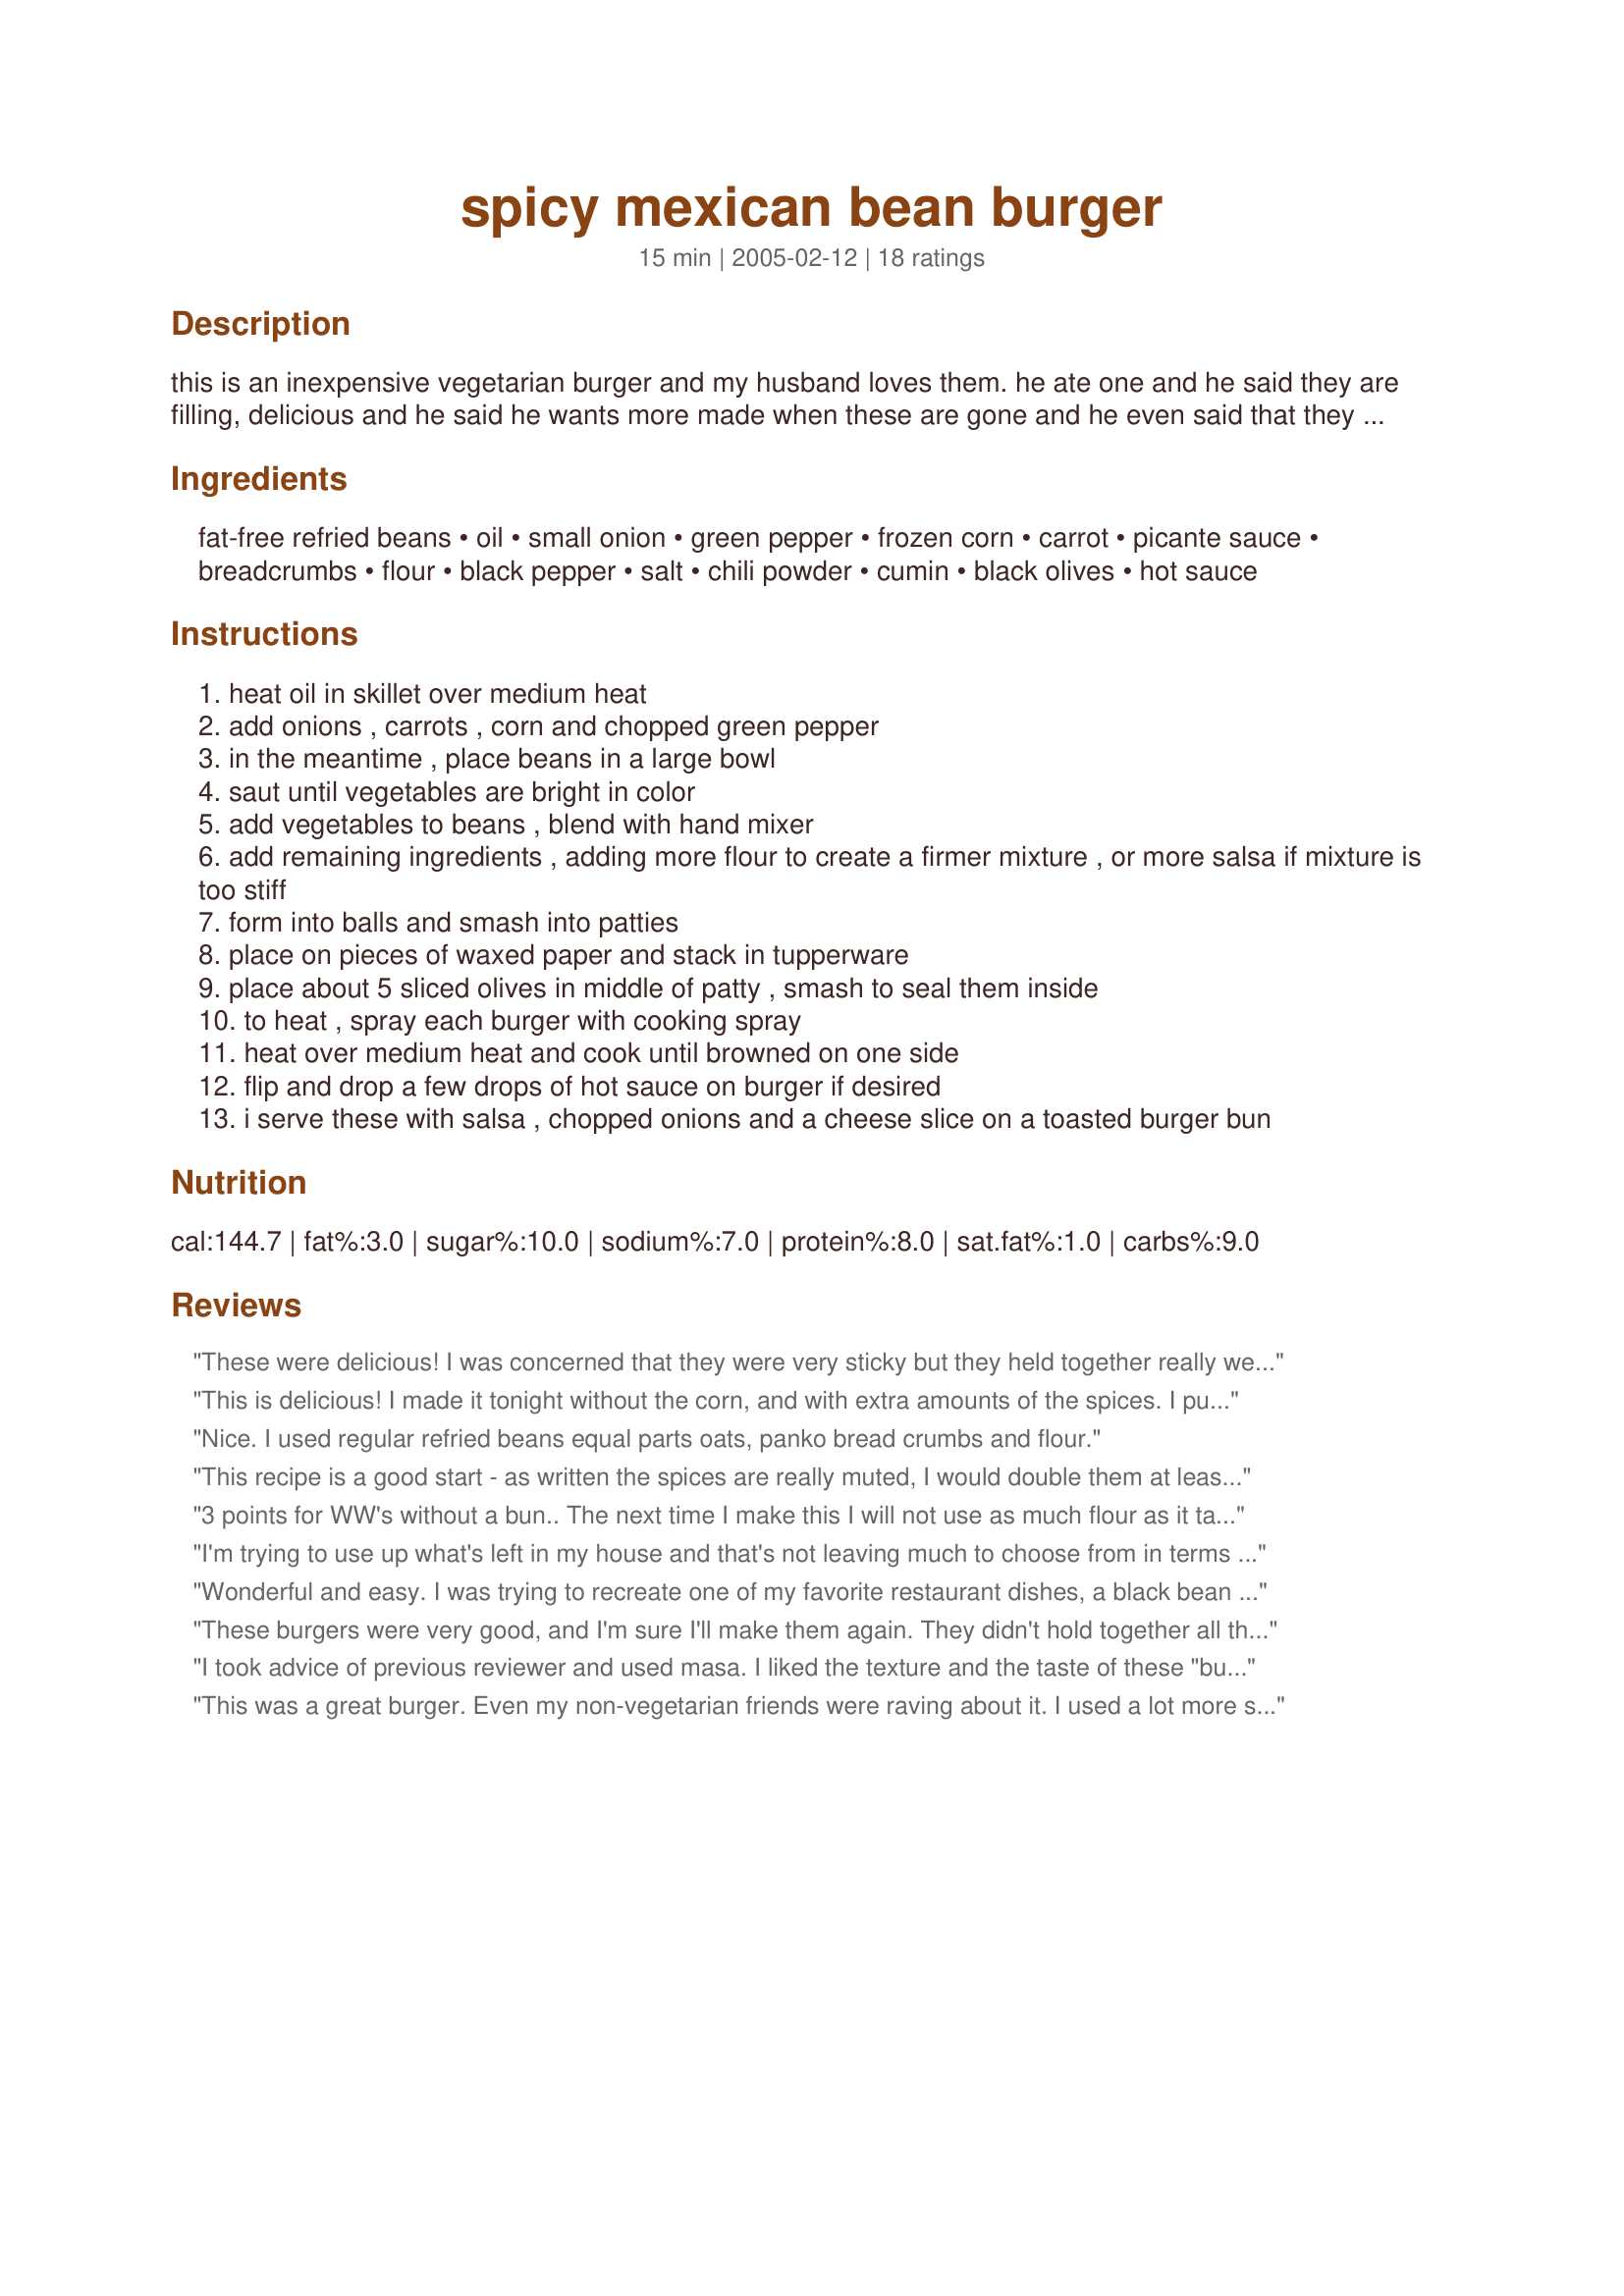
spicy mexican bean burger
Preparation time: 15 minutes

this is an inexpensive vegetarian burger and my husband loves them. he ate one and he said they are filling, delicious and he said he wants more made when these are gone and he even said that they are better than store bought. they don't fall apart like most veggie burgers and all the ingredients are available at any grocery store.

Ingredients:
fat-free refried beans, oil, small onion, green pepper, frozen corn, carrot, picante sauce, breadcrumbs, flour, black pepper, salt, chili powder, cumin, black olives, hot sauce

Steps:
heat oil in skillet over medium heat
add onions , carrots , corn and chopped green pepper
in the meantime , place beans in a large bowl
saut until vegetables are bright in color
add vegetables to beans , blend with hand mixer
add remaining ingredients , adding more flour to create a firmer mixture , or more salsa if mixture is too stiff
form into balls and smash into patties
place on pieces of waxed paper and stack in tupperware
place about 5 sliced olives in middle of patty , smash to seal them inside
to heat , spray each burger with cooking spray
heat over medium heat and cook until browned on one side
flip and drop a few drops of hot sauce on burger if desired
i serve these with salsa , chopped onions and a cheese slice on a toasted burger bun

Reviews:
These were delicious! I was concerned that they were very sticky but they held together really well when browning. Made only a few minor changes: I chopped the onion & pepper smaller and left them & the other veg. whole so the burgers had some small chunks. Also mixed in some chopped black olives instead of using slices and used about 1/4 tsp each chili powder and cumin. Served with sharp cheddar cheese slices and a southwestern pasta salad on the side. Thanks for the recipe!
This is delicious! I made it tonight without the corn, and with extra amounts of the spices. I put in on a plate without a bun, and topped it with salsa, avocado slices and monterey jack cheese- heavenly! And the recipe is so flexible, I'm looking forward to trying it with different toppings, and maybe on a bun or a corn tortilla. Will add this to my "regulars" list!
Nice. I used regular refried beans equal parts oats, panko bread crumbs and flour.
This recipe is a good start - as written the spices are really muted, I would double them at least. I found too that I could easily mix everything by hand. I omitted the corn and added one fresh jalapeno.
3 points for WW's without a bun.. The next time I make this I will not use as much flour as it taste realllllly pasty.. I UPed the anti and threw in some chipotle peppers, and topped with lettuce & tomato..
I'm trying to use up what's left in my house and that's not leaving much to choose from in terms of dinner. Luckily I had evrything for these. Well, mostly! I used almost a whole cup of bread crumbs, the rest was made up of wheat germ. And I left out the olives because I'm out but most of the family won't eat them anyway. I served these on Recipe#183081 (which is not vegan) with fat free sour cream and salsa. A good refried bean burger! Filling and tasty, it's one I'll probably make again.
Wonderful and easy. I was trying to recreate one of my favorite restaurant dishes, a black bean pita burger, and this is just as good. I only used 1/3 cup of flour and 1/3 cup breadcrumbs, used red and yellow peppers instead of green, and refried black beans. Served it on a pita with red onion, lettuce, chopped red/yellow peppers, corn and Greek yogurt.
These burgers were very good, and I'm sure I'll make them again. They didn't hold together all that well, so I added an egg to bind them (that did the job). Thanks for posting this....I really liked them!
I took advice of previous reviewer and used masa. I liked the texture and the taste of these "burgers." I added sliced black olives (without stuffing them into the patty) and instead just mixed them throughout. I did have to COOK them on medium quite a while because otherwise the insides would have been too gummy. I ate them with salsa and sourcream. Quite tasty.
This was a great burger. Even my non-vegetarian friends were raving about it. I used a lot more spice, because it was a little bland to begin with. I also doubled the recipe and had plenty for leftovers for the week. I used this base for burritos also. Thanks for the great recipe!
Yum! Whenever I can make a vegetarian dish that my husband would like me to make again, that's five stars! I omitted the corn because he doesn't like it and I used quick oats instead of flour. I also went heavy on the seasonings because we like things spicy. To cook, I fried them in a thin layer of olive oil, turning several times and finally topping with cheese. My husband said it reminded him of a torta.
Wow Shannon! Thanks for the idea. The basic recipe is incredible. From there, I made a lot of changes to suit my tastes and based on what I had in the fridge. The end result was incredible thanks to your base recipe. Instead of bread crumbs, I used masa harina and I used whole wheat flour. I bought some of my favorite salsa from a local restaurant and used the carrot and a red pepper and a tiny bit of our own roasted green chile instead of the powder. No cumin because we don't like it around here and no onion because I forgot to buy any.

If you like rellenos, tacos, or tamales, try the masa. It gives an awesome flavor and texture to the whole mixture. I can't wait to wrap the leftovers up in a whole wheat tortilla today with some cheese and the leftover salsa.
A wonderful recipe that everoyone enjoyed vegetarian or not. I didn't have enough re-fried beans so added black eye beans. Thanks.
My husband really liked them, the kids; not so much.

I thought they were really good, filled me up very fast. I only got through about 3/4 of it.

Awesome if you are trying to watch your weight.
Have made several times with various types of beans (refried are not available). I found using mashed adzuki beans and finely chopped (not blended) veg works best for me. I've also slightly increased the breadcrumb and salsa content to compensate for flavour. Nevertheless, nice starting point of a recipe; I would not have considered adding salsa.
These were filling and after I made a few changes absolutely delish! I did find the batter a bit bland at first so I added a bunch of extra spice, lots of tabasco and some lime juice. The batter was so easy to handle and this is the first veggie patty recipe I've used that hasn't fallen apart while cooking. Hoorah! I served on a bun with carmalized onions, tomato, avocado and cheddar for a great combo.
This is amazing! I"ve never had a veggie burger before but I have to tell you, the kids and I LOVE it! Thanks!
This is an excellent veggie-burger recipe that doesn&#039;t require a food processor. Here are my suggestions/ improvements I made based on the other reviews:

1. Refried beans: I used Trader Joe&#039;s refried beans with jalape&ntilde;os. They&#039;re low-fat (not fat-free as the recipe calls for) but help incredibly with the flavor. For those who want a kick, maybe a bit of freshly-chopped jalape&ntilde;os.
2. Veggies: I didn&#039;t have carrots. I added 2 cloves of garlic and chopped all the veggies very well instead of blending, which added to the texture of the burger.
3. Seasoning: 1/4 tsp each of cumin and chili peppers, 4 tablespoons of Trader Joe&#039;s fat-free chunky salsa, and 3 tablespoons each of sesame seeds and millet. The latter boost the texture of the burger as well.

Apart from the above, I followed the measurements exactly as listed. The patties stayed together very well.. Forms about 7 smaller-than-fist-sized burgers. I felt like I was generous with the salt and pepper, but it came out perfectly! Make sure to taste the mix before cooking.
